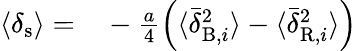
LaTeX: \begin{array}{rl}{\langle\delta_{\mathrm{s}}\rangle=}&{{}-\frac{a}{4}\left(\langle\bar{\delta}_{\mathrm{B},i}^{2}\rangle-\langle\bar{\delta}_{\mathrm{R},i}^{2}\rangle\right)}\end{array}